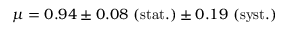
\mu = 0 . 9 4 \pm 0 . 0 8 ~ \mathrm { ( s t a t . ) } \pm 0 . 1 9 ~ \mathrm { ( s y s t . ) }